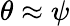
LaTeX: \theta\approx\psi